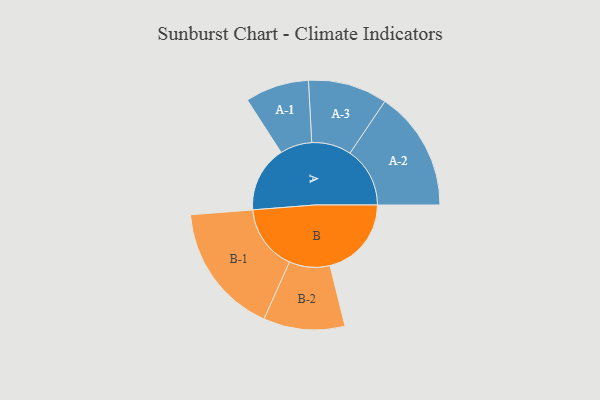
{"axis": {"x": "Segment", "y": "Value"}, "legend": ["", "A", "B"], "data": [{"x": "A", "y": 240, "type": ""}, {"x": "B", "y": 296, "type": ""}, {"x": "A-1", "y": 116, "type": "A"}, {"x": "A-2", "y": 218, "type": "A"}, {"x": "A-3", "y": 144, "type": "A"}, {"x": "B-1", "y": 239, "type": "B"}, {"x": "B-2", "y": 148, "type": "B"}]}